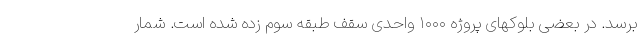
برسد. در بعضی بلوکهای پروژه ۱۰۰۰ واحدی سقف طبقه سوم زده شده است. شمار